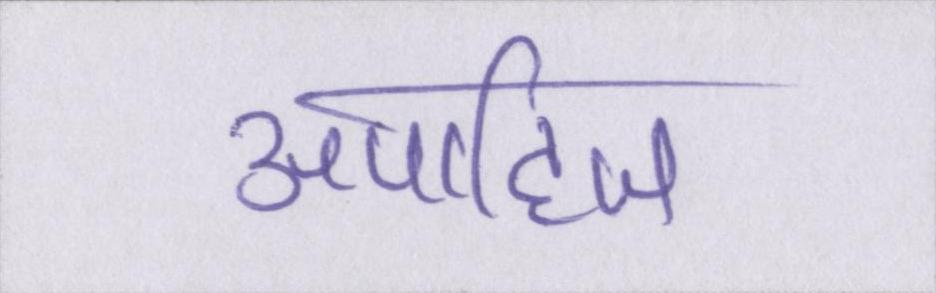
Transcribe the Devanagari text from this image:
अपाहिज